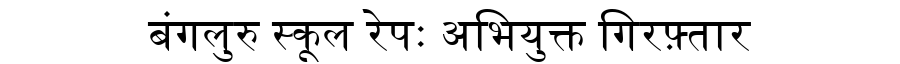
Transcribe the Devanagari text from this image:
बंगलुरु स्कूल रेपः अभियुक्त गिरफ़्तार